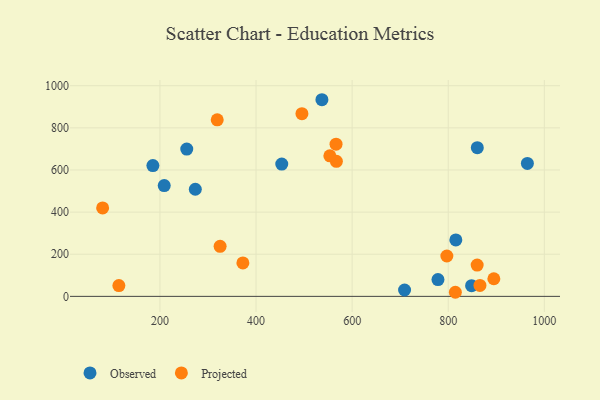
{"axis": {"x": "Price", "y": "Sales"}, "legend": ["Observed", "Projected"], "data": [{"x": "537.1", "y": 933.5, "type": "Observed"}, {"x": "709.1", "y": 30.1, "type": "Observed"}, {"x": "778.6", "y": 79.6, "type": "Observed"}, {"x": "964.7", "y": 631.3, "type": "Observed"}, {"x": "860.5", "y": 705.9, "type": "Observed"}, {"x": "848.6", "y": 50.9, "type": "Observed"}, {"x": "273.6", "y": 508.4, "type": "Observed"}, {"x": "815.8", "y": 267.9, "type": "Observed"}, {"x": "185.3", "y": 621.0, "type": "Observed"}, {"x": "255.8", "y": 699.2, "type": "Observed"}, {"x": "208.9", "y": 526.1, "type": "Observed"}, {"x": "453.5", "y": 627.8, "type": "Observed"}, {"x": "325.2", "y": 237.6, "type": "Projected"}, {"x": "866.0", "y": 51.8, "type": "Projected"}, {"x": "894.9", "y": 83.7, "type": "Projected"}, {"x": "319.2", "y": 837.9, "type": "Projected"}, {"x": "860.2", "y": 148.7, "type": "Projected"}, {"x": "80.7", "y": 420.0, "type": "Projected"}, {"x": "797.1", "y": 191.7, "type": "Projected"}, {"x": "495.5", "y": 867.1, "type": "Projected"}, {"x": "566.5", "y": 722.7, "type": "Projected"}, {"x": "567.2", "y": 641.2, "type": "Projected"}, {"x": "372.6", "y": 158.8, "type": "Projected"}, {"x": "553.6", "y": 667.3, "type": "Projected"}, {"x": "814.8", "y": 19.4, "type": "Projected"}, {"x": "114.5", "y": 51.4, "type": "Projected"}]}